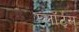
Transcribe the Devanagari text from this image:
प्लॉट्स